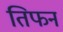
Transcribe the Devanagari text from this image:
तिफन